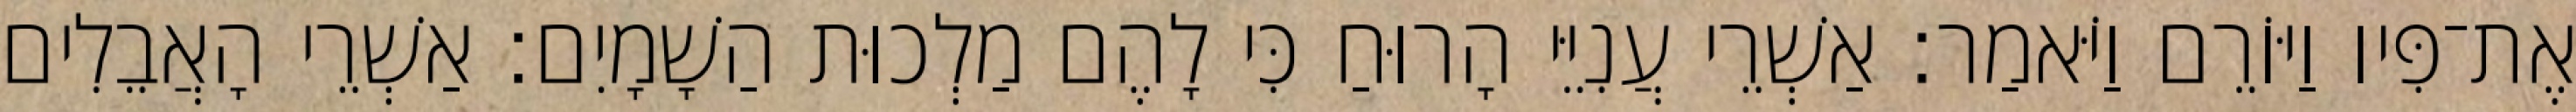
אֶת־פִּיו וַיּוֹרֵם וַיֹּאמַר׃ אַשְׁרֵי עֲנִיֵּי הָרוּחַ כִּי לָהֶם מַלְכוּת הַשָׁמָיִם׃ אַשְׁרֵי הָאֲבֵלִים